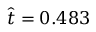
\hat { t } = 0 . 4 8 3